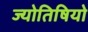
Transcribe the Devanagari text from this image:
ज्योतिषियो